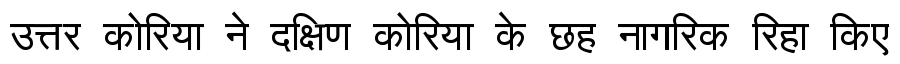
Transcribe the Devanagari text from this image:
उत्तर कोरिया ने दक्षिण कोरिया के छह नागरिक रिहा किए